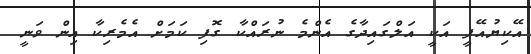
އޭކިޔުއޭޕީ އަކީ އަލްގައިދާގެ އެންމެ ނުރައްކާ ގޮފި ކަމަށް އެމެރިކާ އިން ވަނީ